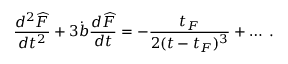
{ \frac { d ^ { 2 } { \widehat F } } { d t ^ { 2 } } } + 3 \dot { b } { \frac { d { \widehat F } } { d t } } = - { \frac { t _ { F } } { 2 ( t - t _ { F } ) ^ { 3 } } } + \dots \; .